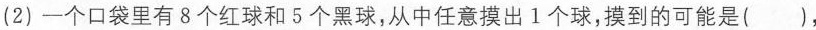
(2)一个口袋里有8个红球和5个黑球，从中任意摸出1个球，摸到的可能是()，